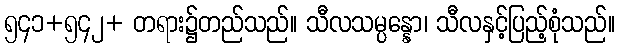
၅၄၁+၅၄၂+ တရား၌တည်သည်။ သီလသမ္ပန္နော၊ သီလနှင့်ပြည့်စုံသည်။